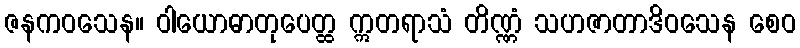
ဇနကဝသေန။ ဝါယောဓာတုပေတ္ထ ဣတရာသံ တိဏ္ဏံ သဟဇာတာဒိဝသေန စေဝ